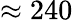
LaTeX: \approx 240